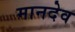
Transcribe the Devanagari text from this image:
मानदेव